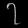
Digit: ၇